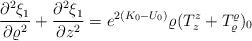
LaTeX: \begin{align*}\frac{\partial ^{2}\xi _{1}}{\partial \varrho ^{2}}+\frac{\partial ^{2}\xi_{1}}{\partial z^{2}}=e^{2(K_{0}-U_{0})}\varrho (T_{z}^{z}+T_{\varrho}^{\varrho })_{0} \end{align*}